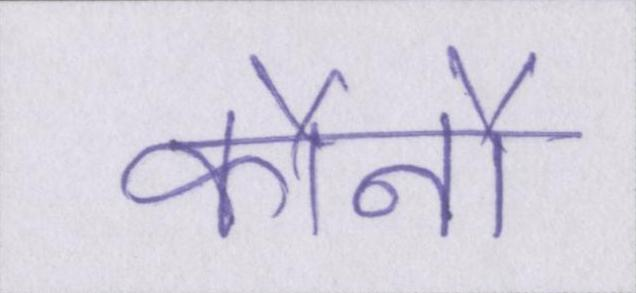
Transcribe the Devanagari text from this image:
कौनौ